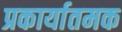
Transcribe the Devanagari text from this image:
प्रकार्यातमक